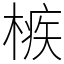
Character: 槉